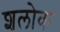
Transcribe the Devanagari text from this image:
शलोक